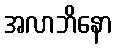
အလာဘိနော